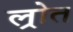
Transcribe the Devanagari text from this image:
ल्रोत